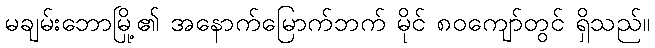
မချမ်းဘောမြို့၏ အနောက်မြောက်ဘက် မိုင် ၈၀ကျော်တွင် ရှိသည်။